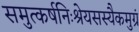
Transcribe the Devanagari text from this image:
समुत्कर्षनिःश्रेयसस्यैकमुग्रं